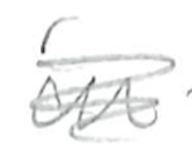
Text: in
Cross-out: scratch
Writing tool: pencil